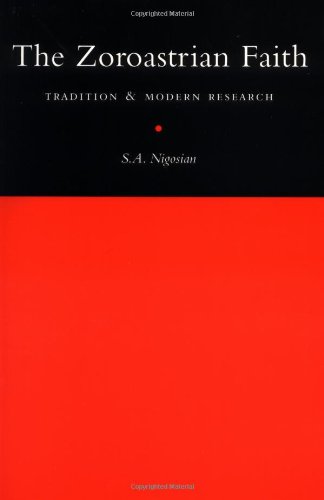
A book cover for The Zoroastrian Faith: Tradition and Modern Research; Nigosian; Religion & Spirituality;